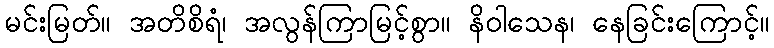
မင်းမြတ်။ အတိစိရံ၊ အလွန်ကြာမြင့်စွာ။ နိဝါသေန၊ နေခြင်းကြောင့်။